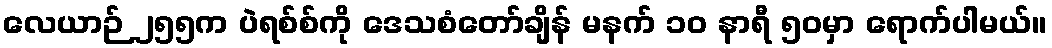
လေယာဉ် ၂၅၅က ပဲရစ်စ်ကို ဒေသစံတော်ချိန် မနက် ၁၀ နာရီ ၅၀မှာ ရောက်ပါမယ်။